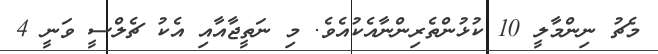
މެޗު ނިންމާލީ 10 ކުޅުންތެރިންނާއެކުއެވެ. މި ނަތީޖާއާއި އެކު ޗެލްސީ ވަނީ 4